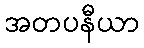
အတပနီယာ